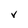
Character: V